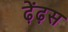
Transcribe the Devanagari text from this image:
ढ़ेंढ़स